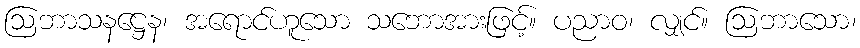
ဩဘာသနဋ္ဌေန၊ အရောင်ဟူသော သဘောအားဖြင့်။ ပညာဝ၊ လျှင်။ ဩဘာသော၊